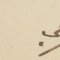
في